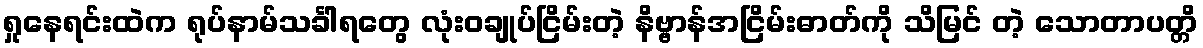
ရှုနေရင်းထဲက ရုပ်နာမ်သင်္ခါရတွေ လုံးဝချုပ်ငြိမ်းတဲ့ နိဗ္ဗာန်အငြိမ်းဓာတ်ကို သိမြင် တဲ့ သောတာပတ္တိ